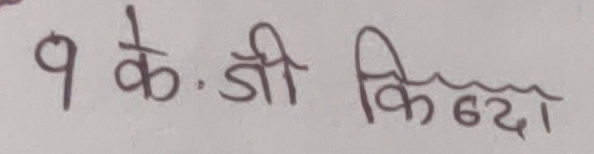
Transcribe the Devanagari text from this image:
९ के. जी किन्दा